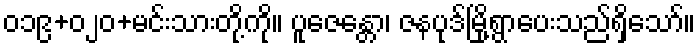
၀၁၉+၀၂၀+မင်းသားတို့ကို။ ပူဇေန္တော၊ ဇနပုဒ်မြို့ရွာပေးသည်ရှိသော်။